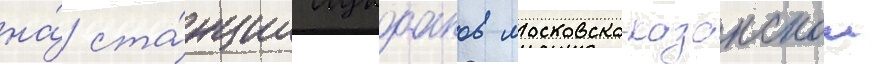
на́ ста́нции лукоанов московско-казанскои